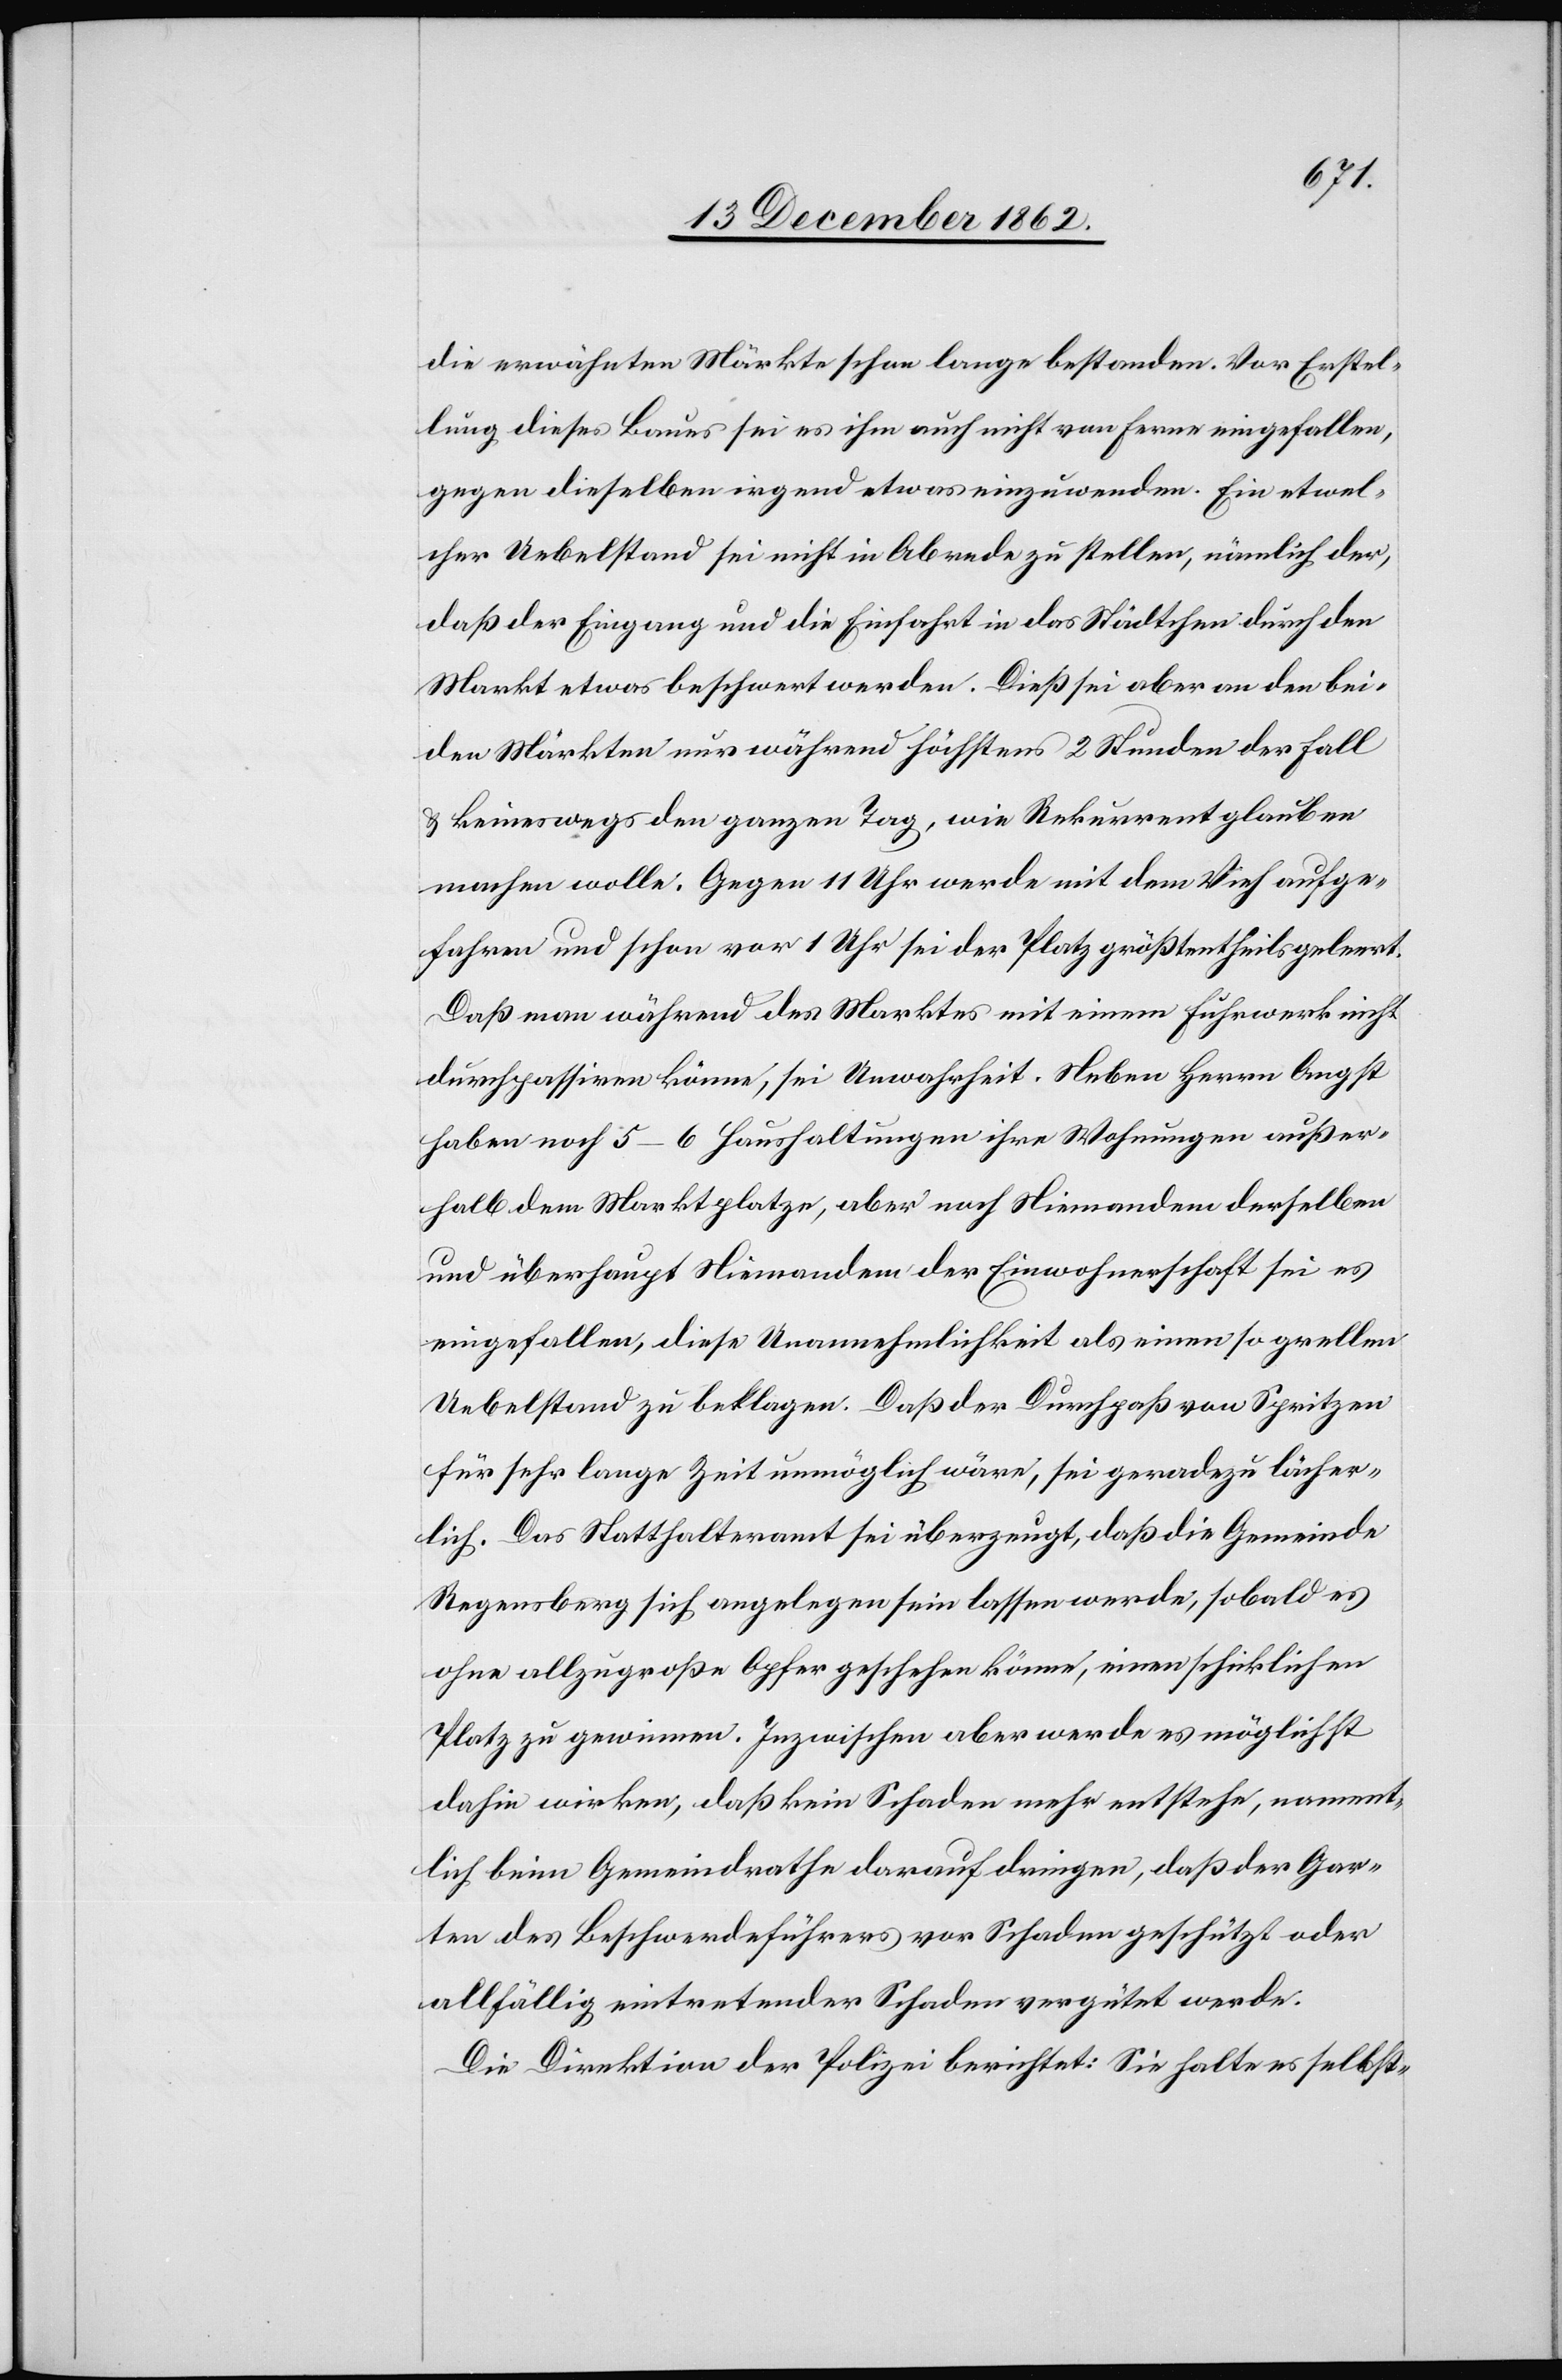
die erwähnten Märkte schon lange bestanden. Vor Erstel¬
lung dieses Baues sei es ihm auch nicht von ferner eingefallen,
gegen dieselben irgend etwas einzuwenden. Ein etwel¬
cher Uebelstand sei nicht in Abrede zu stellen, nämlich der,
daß der Eingang und die Einfahrt in das Städtchen durch den
Markt etwas erschwert werden. Dieß sei aber an den bei¬
den Märkten nur während höchstens 2 Stunden der Fall
u. keineswegs den ganzen Tag, wie Rekurrent glauben
machen wolle. Gegen 11 Uhr werde mit dem Vieh aufge¬
fahren und schon vor 1 Uhr sei der Platz größtentheils geleert.
Daß man während des Marktes mit einem Fuhrwerk nicht
durchpassiren könne, sei Unwahrheit. Neben Herrn Angst
haben noch 5–6 Haushaltungen ihre Wohnungen außer¬
halb dem Marktplatze, aber noch Niemandem derselben
und überhaupt Niemandem der Einwohnerschaft sei es
eingefallen, diese Unannehmlichkeit als einen so grellen
Uebelstand zu beklagen. Daß der Durchpaß von Spritzen
für sehr lange Zeit unmöglich wäre, sei geradezu lächer¬
lich. Das Statthalteramt sei überzeugt, daß die Gemeinde
Regensberg sich angelegen sein lassen werde, so bald es
ohne alllzugroße Opfer geschehen könne, einen schicklichen
Platz zu gewinnen. Inzwischen aber werde es möglichst
dahin wirken, daß kein Schaden mehr entstehe, nament¬
lich beim Gemeindrathe darauf dringen, daß der Gar¬
ten des Beschwerdeführers vor Schaden geschützt oder
allfällig eintretender Schaden vergütet werde.
Die Direktion der Polizei berichtet: Sie halte es selbst-